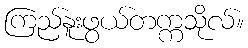
ကြည်နူးဖွယ်တက္ကသိုလ်။